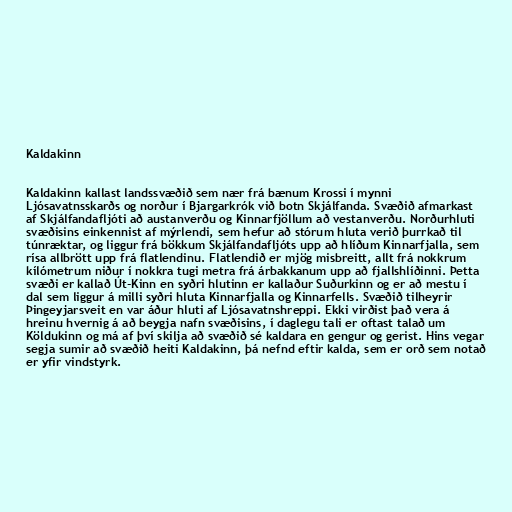
Kaldakinn

Kaldakinn kallast landssvæðið sem nær frá bænum Krossi í mynni
Ljósavatnsskarðs og norður í Bjargarkrók við botn Skjálfanda. Svæðið afmarkast
af Skjálfandafljóti að austanverðu og Kinnarfjöllum að vestanverðu. Norðurhluti
svæðisins einkennist af mýrlendi, sem hefur að stórum hluta verið þurrkað til
túnræktar, og liggur frá bökkum Skjálfandafljóts upp að hlíðum Kinnarfjalla, sem
rísa allbrött upp frá flatlendinu. Flatlendið er mjög misbreitt, allt frá nokkrum
kílómetrum niður í nokkra tugi metra frá árbakkanum upp að fjallshlíðinni. Þetta
svæði er kallað Út-Kinn en syðri hlutinn er kallaður Suðurkinn og er að mestu í
dal sem liggur á milli syðri hluta Kinnarfjalla og Kinnarfells. Svæðið tilheyrir
Þingeyjarsveit en var áður hluti af Ljósavatnshreppi. Ekki virðist það vera á
hreinu hvernig á að beygja nafn svæðisins, í daglegu tali er oftast talað um
Köldukinn og má af því skilja að svæðið sé kaldara en gengur og gerist. Hins vegar
segja sumir að svæðið heiti Kaldakinn, þá nefnd eftir kalda, sem er orð sem notað
er yfir vindstyrk.